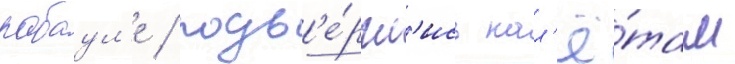
рабаул'е / подв'е́ргл'ись нал'ё́там